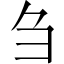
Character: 刍